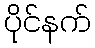
ပိုင်နက်